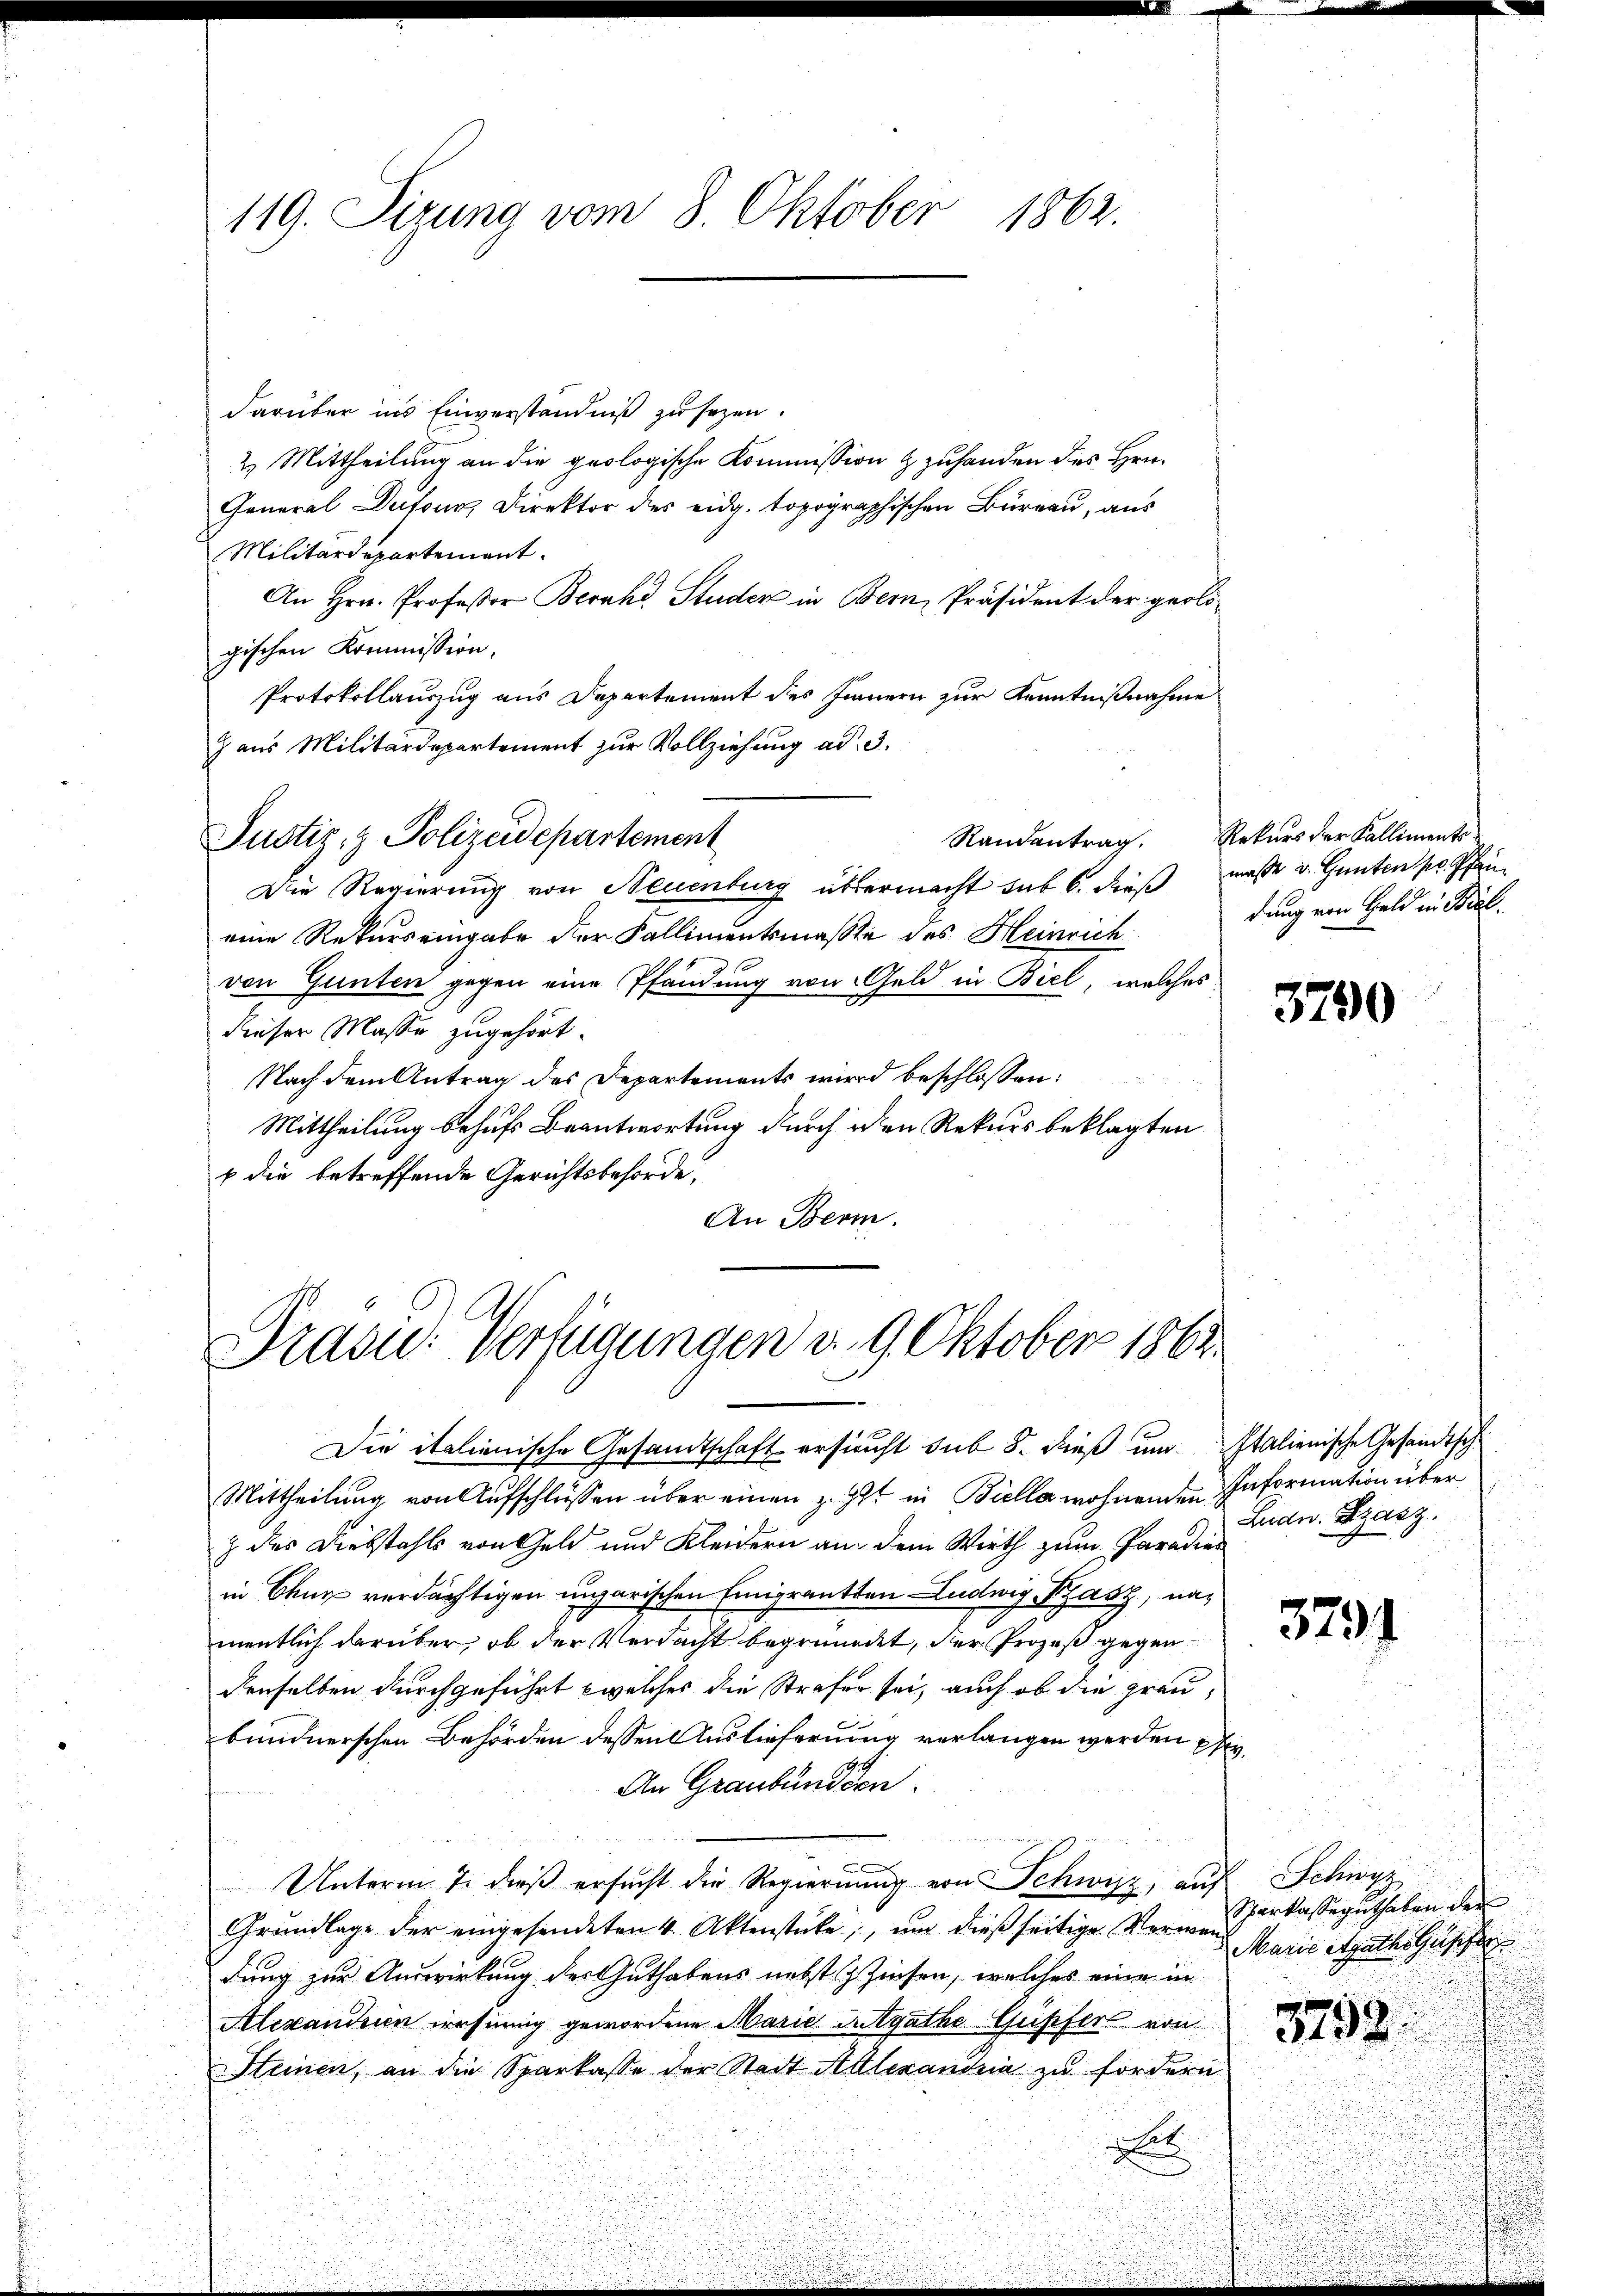
1862.
119. Sizung vom 8. Oktober

darüber ins Einverständniß zu sezen.
2) Mittheilung an die geologische Kommission zuhanden des Hrn.
General Dufour, Direktor des eidg. topographischen Büreau, aus
Militärdepartement.
An Hrn. Professor Beruhe Studer in Bern, Präsident der geologischen Kommission.
Protokollauszug aus Departement des Innern zur Kenntnißnahme
z aus Militärdepartement zur Vollziehung ad 3.
Justiz- & Polizeidepartement
Randantrag.
Die Regierung von Neuenburg übermacht sub 6. dieß
eine Rekurs eingabe der Fallimentsmaßte des Heinrich
von Gunten gegen eine Pfandung von Geld in Biel, welches
dieser Masse zugehört.
Nach dem Antrag des Departements wird beschlossen:
Mittheilung behufs Beantwortung durch ichen Rekurs beklagten
b die betreffende Gerichtsbehörde,
An Bern.

Präsid.. Verfügungen v. 9. Oktober 1865.

Rekurs der Kalliments
maßt u. Ganten pr. Pfendung von Geld in Biel.

Die italienische Gesandtschaft ersucht sub 8. dieß und Italienische Gesandtsch
Mittheilung von Aufschlüssen über einen z. Ist in Biella wohnenden Information über
z der Diebstahls von Geld und Kleidern am dem Wirth zum Paradies
in Chur verdächtigen ungarischen Emigrankten Ludwig Kasz, namentlich darüber, ob der Verdacht begründet, der Prozeß gegendenselben durchgeführt welches die Strafer sei, auch ob die graubundnerschen Behörden dessen Auslieferung verlangen werden pr.
An Graubünden.
Unterm 7. dieβ ersŭcht die Regierŭng von Schwyz, auf Schwyz
Grundlage der eingesendeten 4. Aktenstücke, um dießseitige Verwendung zur Auswirkung des Guthabens nebst Zinsen, welches eine in
Alexanderen irrsinnig gewordene Marie Gutgathe Gusfert von
Steinen, an die Sparkasse der Stadt Alexandria zu fordern
t

3790

Leidw. Fasz.

3291

Sparkasseguthaben der
Marie Strathes Geschen

3792.